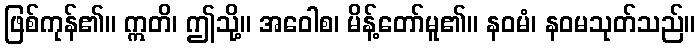
ဖြစ်ကုန်၏။ ဣတိ၊ ဤသို့။ အဝေါစ၊ မိန့်တော်မူ၏။ နဝမံ၊ နဝမသုတ်သည်။